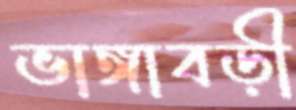
ভাঙ্গাবড়ী